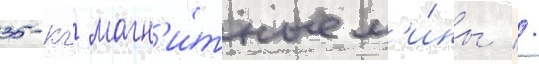
35-кг магн'и́тные м'и́ны //